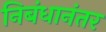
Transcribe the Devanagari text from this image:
निबंधानंतर